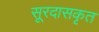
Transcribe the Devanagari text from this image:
सूरदासकृत